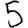
Digit: 5